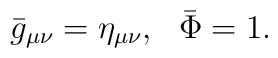
{\bar g}_{\mu\nu} = \eta_{\mu\nu}, ~~ {\bar \Phi} = 1.